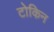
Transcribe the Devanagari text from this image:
टोकिन